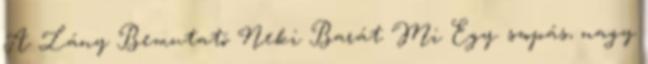
A Lány Bemutató Neki Barát Mi Egy. szopás, nagy